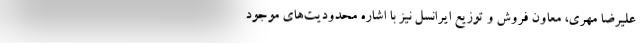
علیرضا مهری، معاون فروش و توزیع ایرانسل نیز با اشاره محدودیت‌های موجود